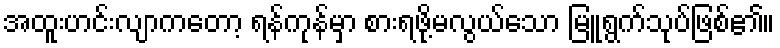
အထူးဟင်းလျာကတော့ ရန်ကုန်မှာ စားရဖို့မလွယ်သော မြူရွက်သုပ်ဖြစ်၏။